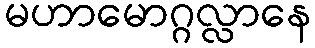
မဟာမောဂ္ဂလ္လာနေ